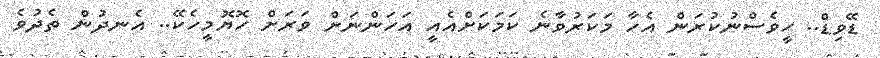
ޑޭވިޑް.. ހީވެސްނުކުރަން އެހާ މަކަރުވާނެ ކަމަކަށްއެއީ އަހަންނަށް ވަރަށް ހޮޔޮމީހެކޭ.. އެނދުން ތެދުވެ